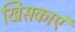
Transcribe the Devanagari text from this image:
खिसकाएं